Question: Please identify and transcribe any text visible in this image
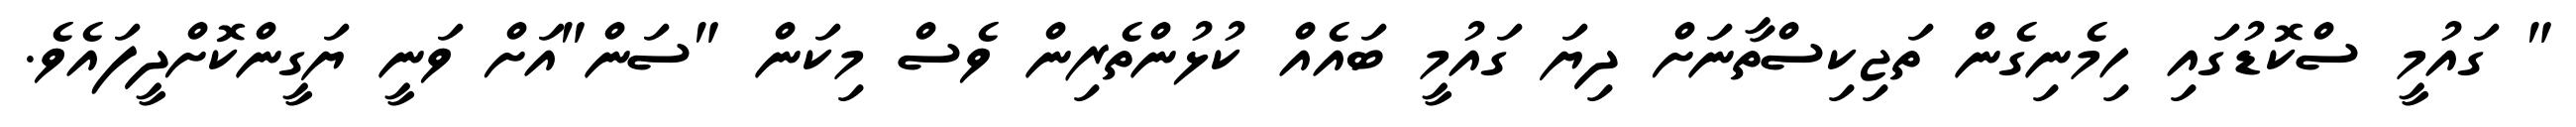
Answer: " ގައުމީ ސްކޮޑުގައި ހިމެނިގެން ތަޖިކިސްތާނަށް ދިޔަ ގައުމީ ބައެއް ކުޅުންތެރިން ވެސް މިކަން "ސަން"އަށް ވަނީ ޔަގީންކޮށްދީފައެވެ.